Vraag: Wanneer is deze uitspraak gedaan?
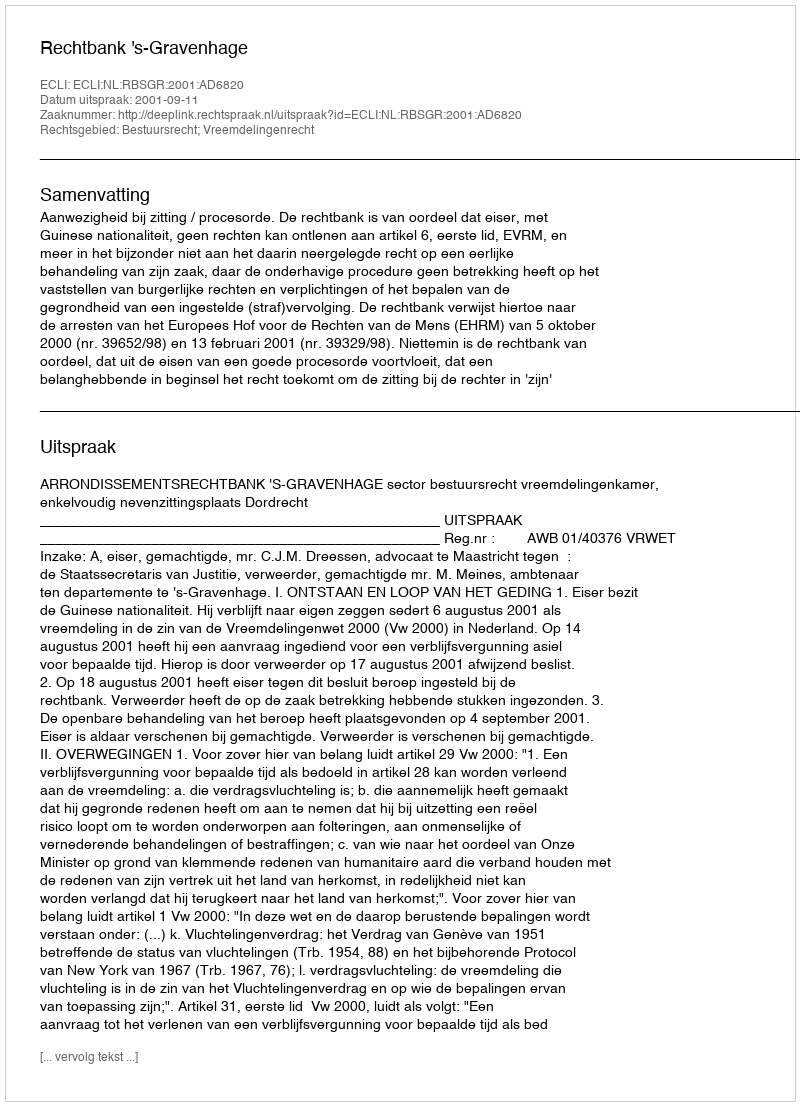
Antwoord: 2001-09-11